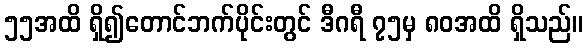
၅၅အထိ ရှိ၍တောင်ဘက်ပိုင်းတွင် ဒီဂရီ ၇၅မှ ၈၀အထိ ရှိသည်။